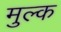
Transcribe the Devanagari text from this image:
मुल्‍क